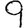
Digit: 9